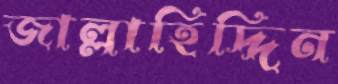
জাল্লাহিদ্দিন